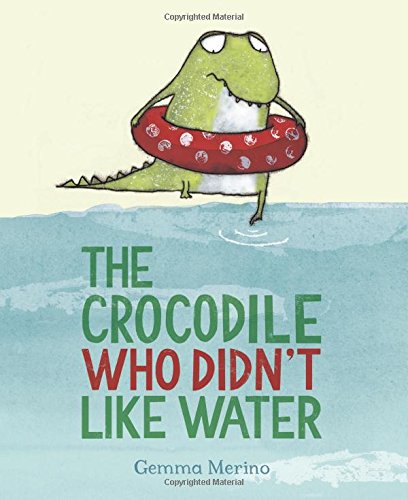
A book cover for The Crocodile Who Didn't like Water; Gemma Merino; Children's Books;